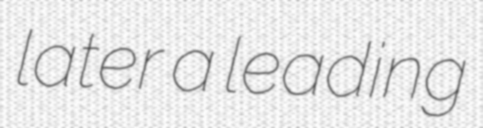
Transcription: later a leading